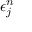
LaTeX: \epsilon _ { j } ^ { n }